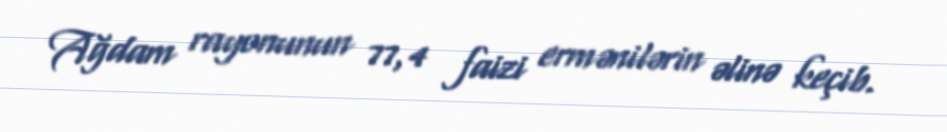
Ağdam rayonunun 77,4 faizi ermənilərin əlinə keçib.